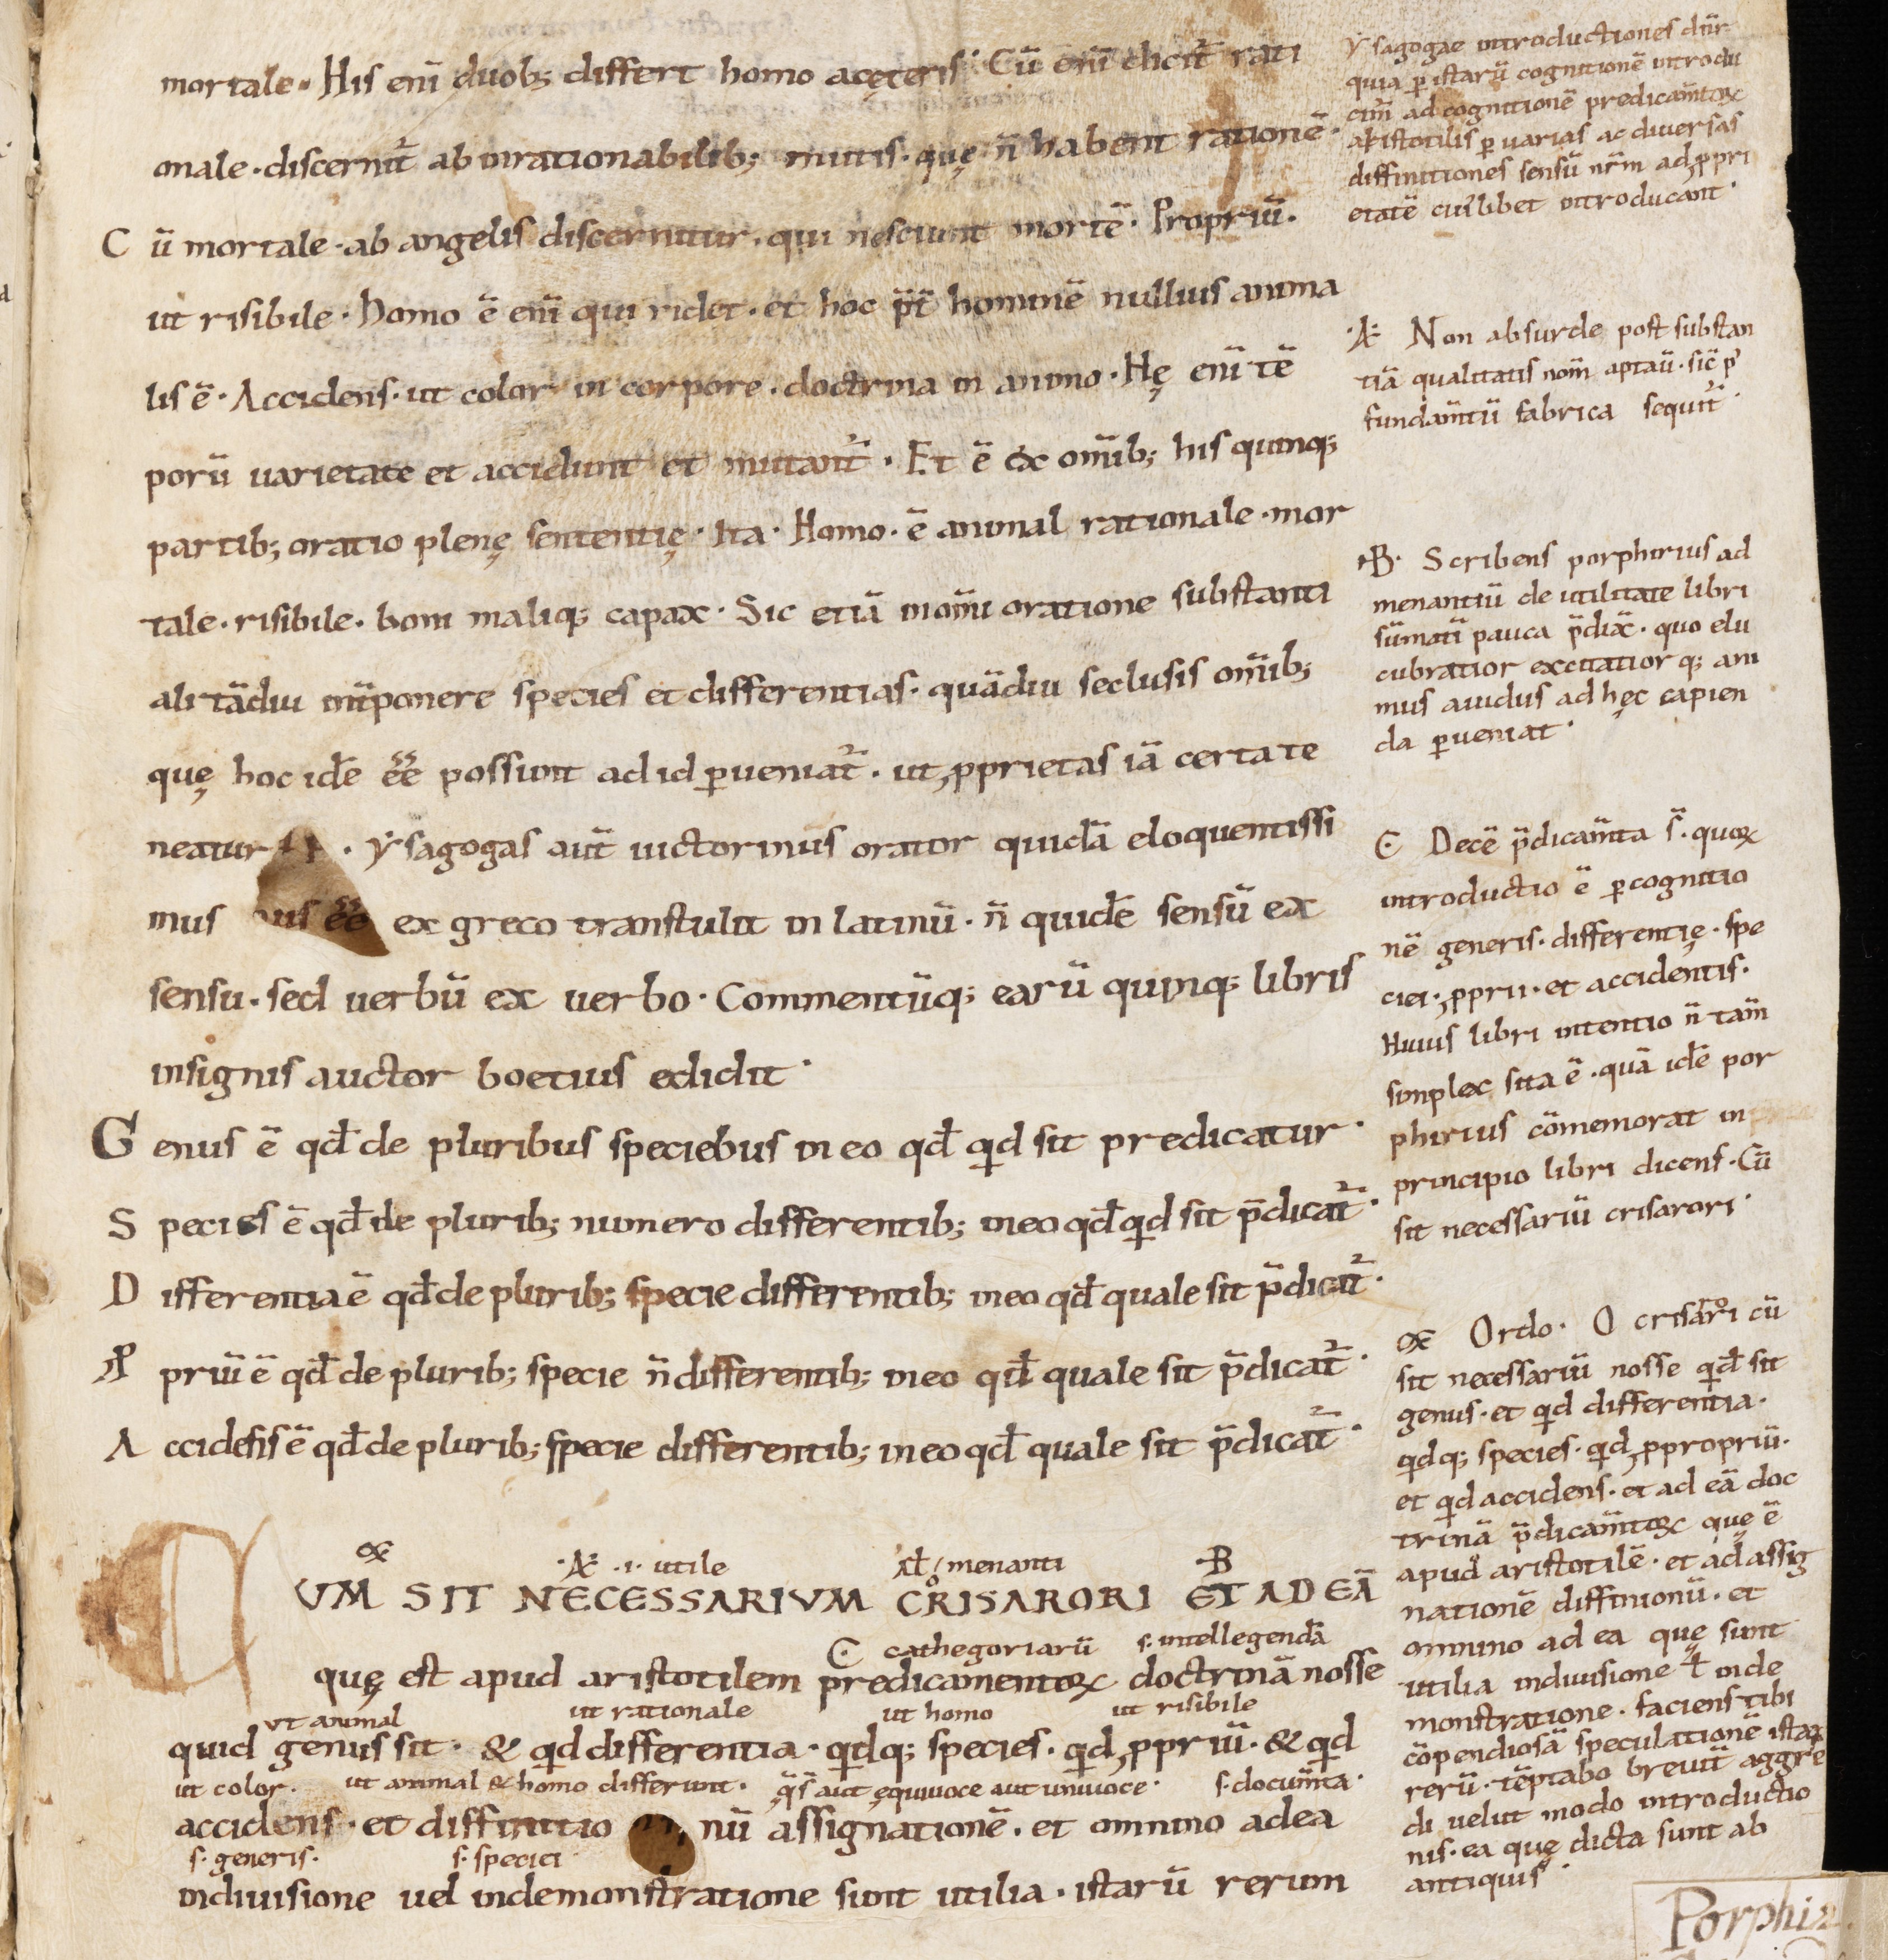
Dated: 800–1399